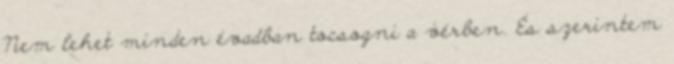
Nem lehet minden évadban tocsogni a vérben. És szerintem